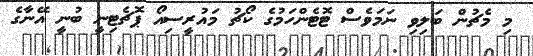
މި މެޗުން ބަލިވި ނަމަވެސް ޓޮޓެންހަމުގެ ކޯޗު މައުރީސިއޯ ޕޮޗެޓިނީ ބުނީ އޭނާގެ